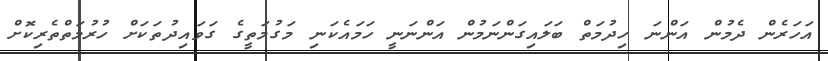
އަހަރެން ދެމުން އަންނަ ހިދުމަތް ބަލައިގަންނަމުން އަންނަނީ ހަމައެކަނި މަގުމަތީގެ ގަވައިދުތަކަށް ހުރުމަތްތެރިކޮށް